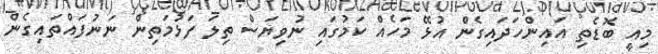
މިއީ ބޮޑެތި އައިންހަދައިގެން އުޅޭ މަހެއް ކަމުގައި ނުވިޔަސް ތިލަ ފަޅުމަތިން ނަނުފައްތައިގެން